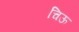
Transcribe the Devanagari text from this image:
चिऊ